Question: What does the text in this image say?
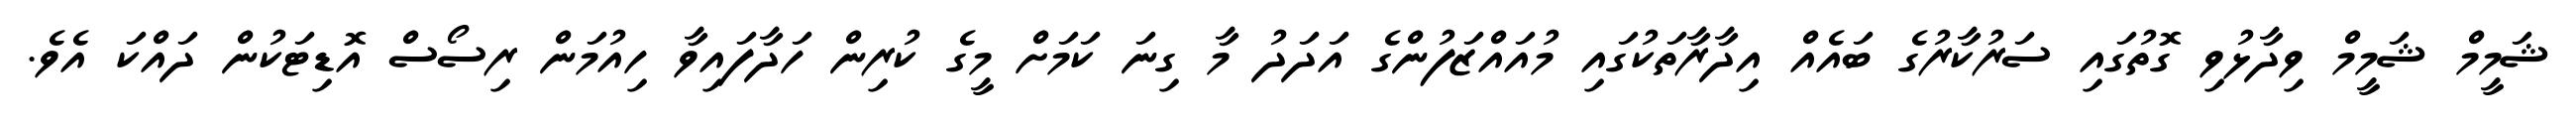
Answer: ޝަމީމް ޝަމީމް ވިދާޅުވި ގޮތުގައި ސަރުކާރުގެ ބައެއް އިދާރާތަކުގައި މުއައްޒަފުންގެ އަދަދު މާ ގިނަ ކަމަށް މީގެ ކުރިން ހަދާފައިވާ ހިއުމަން ރިސޯސް އޮޑިޓަކުން ދައްކަ އެވެ.